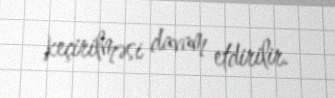
keçirilməsi davam etdirilir.